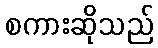
စကားဆိုသည်